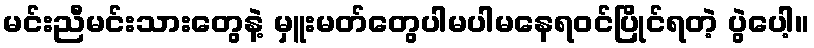
မင်းညီမင်းသားတွေနဲ့ မှူးမတ်တွေပါမပါမနေရဝင်ပြိုင်ရတဲ့ ပွဲပေါ့။